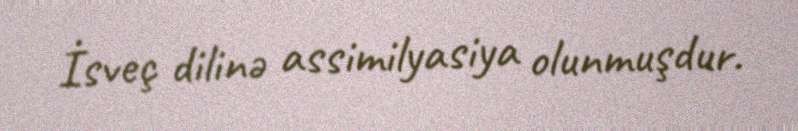
İsveç dilinə assimilyasiya olunmuşdur.